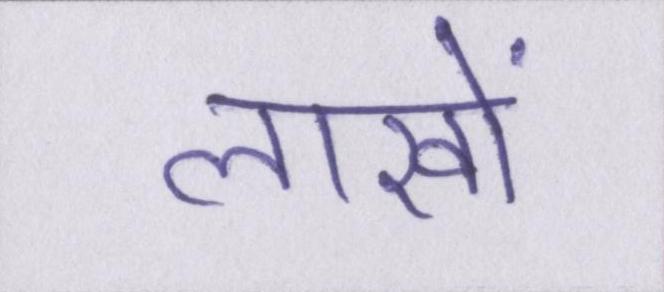
लाखों